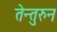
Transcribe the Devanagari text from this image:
तेन्तुरुन